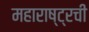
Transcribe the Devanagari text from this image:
महाराष्ट्रची